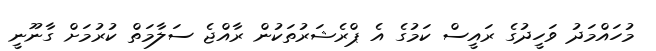
މުހައްމަދު ވަހީދުގެ ރައީސް ކަމުގެ އެ ޕްރެޝަރުތަކުން ރާއްޖެ ސަލާމަތް ކުރުމަށް ގާނޫނީ